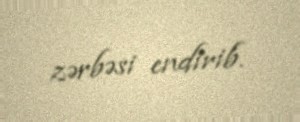
zərbəsi endirib.